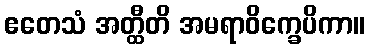
ဧတေသံ အတ္ထီတိ အမရာဝိက္ခေပိကာ။